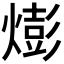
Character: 𪹫